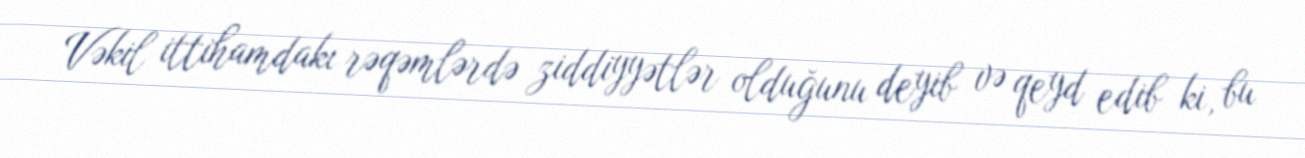
Vəkil ittihamdakı rəqəmlərdə ziddiyyətlər olduğunu deyib və qeyd edib ki, bu